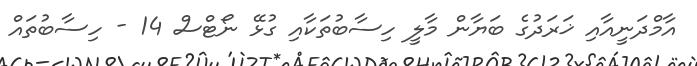
އާމްދަނީއާއި ޚަރަދުގެ ބަޔާން މާލީ ހިސާބުތަކާއި ގުޅޭ ނޯޓްސް 14 - ހިސާބުތައް